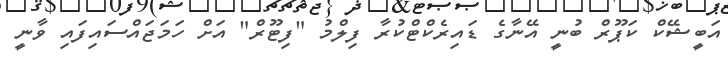
އަބީޝޭކް ކަޕޫރް ބުނީ އޭނާގެ ޑައިރެކްޓްކުރާ ފިލްމު "ފިޓޫރް" އަށް ހަމަޖައްސައިފައި ވާނީ